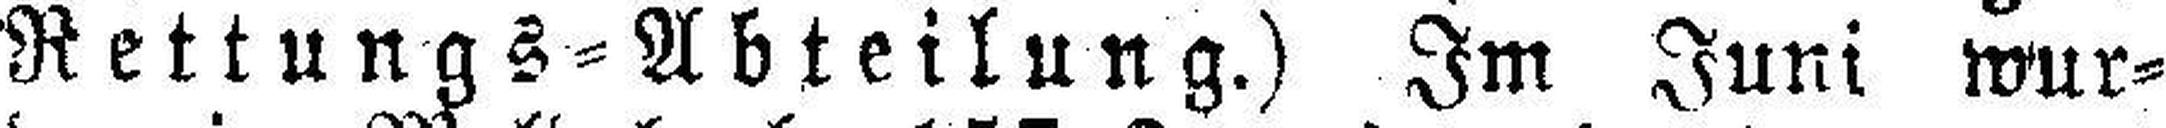
Rettungs=Abteilung.) Im Juni wur¬